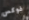
فوكس